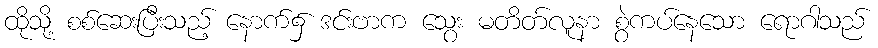
ထိုသို့ စစ်ဆေးပြီးသည့် နောက်၌ ဒင်းဗာက သွေး မတိတ်လူနာ စွဲကပ်နေသော ရောဂါသည်